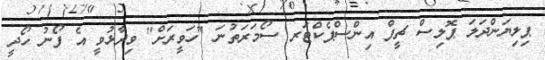
ޕިލިޔަންދަލަ ޕޮލިސް ޗީފް އިންސްޕެކްޓަރ ސޯމަރަތުނަ "ހަވީރަށް" ވިދާޅުވީ އެ ފޯނު ހޯދީ